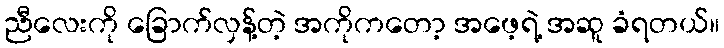
ညီလေးကို ခြောက်လှန့်တဲ့ အကိုကတော့ အဖေ့ရဲ့ အဆူ ခံရတယ်။